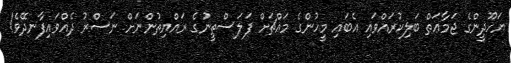
ޔަހޫދީންގެ ޖަމާޢަތް ބަލިކުރައްވައި އެބައި މީހުންގެ މައްޗަށް ފަލަސްތީނުގެ ރައްޔިތުންނަށް ނަސްރު ދެއްވައިފާނދޭވެ!